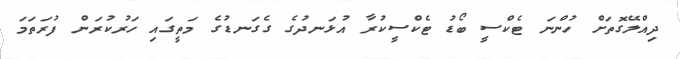
ދިއްލޭގޮތަށް ހުންނަ ޓެކްސީ ބޯޑު ޓެކްސީކުރާ އުޅަނދުގެ ގެގަނޑުގެ މަތީގައި ހަރުކުރަން ފުރަތަމަ